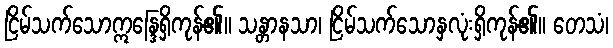
ငြိမ်သက်သောဣန္ဒြေရှိကုန်၏။ သန္တာနသာ၊ ငြိမ်သက်သောနှလုံးရှိကုန်၏။ တေသံ၊